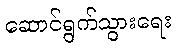
ဆောင်ရွက်သွားရေး